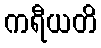
ကရီယတိ